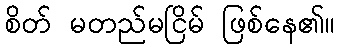
စိတ် မတည်မငြိမ် ဖြစ်နေ၏။